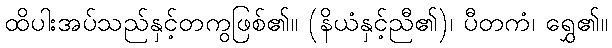
ထိပါးအပ်သည်နှင့်တကွဖြစ်၏။ (နိယံနှင့်ညီ၏)၊ ပီတကံ၊ ရွှေ၏။